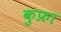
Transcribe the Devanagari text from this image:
कुफ्रा